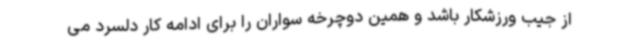
از جیب ورزشکار باشد و همین دوچرخه سواران را برای ادامه کار دلسرد می